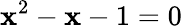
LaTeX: \mathbf{x}^{2}-\mathbf{x}-1=0